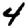
Digit: 4